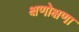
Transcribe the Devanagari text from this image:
क्षणोक्षणा